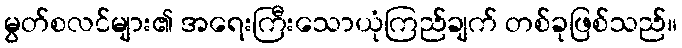
မွတ်စလင်များ၏ အရေးကြီးသောယုံကြည်ချက် တစ်ခုဖြစ်သည်။